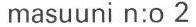
masuuni n:o 2